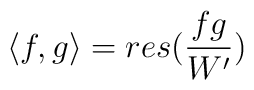
\langle f,g \rangle = res ( \frac{fg}{W'} )